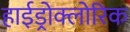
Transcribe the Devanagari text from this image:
हाईड्रोक्लोरिक